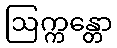
ဩက္ကန္တော